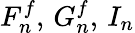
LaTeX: F_{n}^{f},\, G_{n}^{f},\, I_{n}